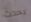
يحدث